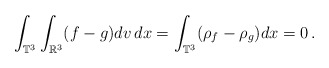
\begin{align*} \int_{\mathbb{T}^3} \int_{\mathbb{R}^3} (f-g)dv\,dx = \int_{\mathbb{T}^3} (\rho_f - \rho_g)dx = 0 \,.\end{align*}